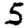
Digit: 5